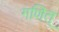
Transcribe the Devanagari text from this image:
गणित्